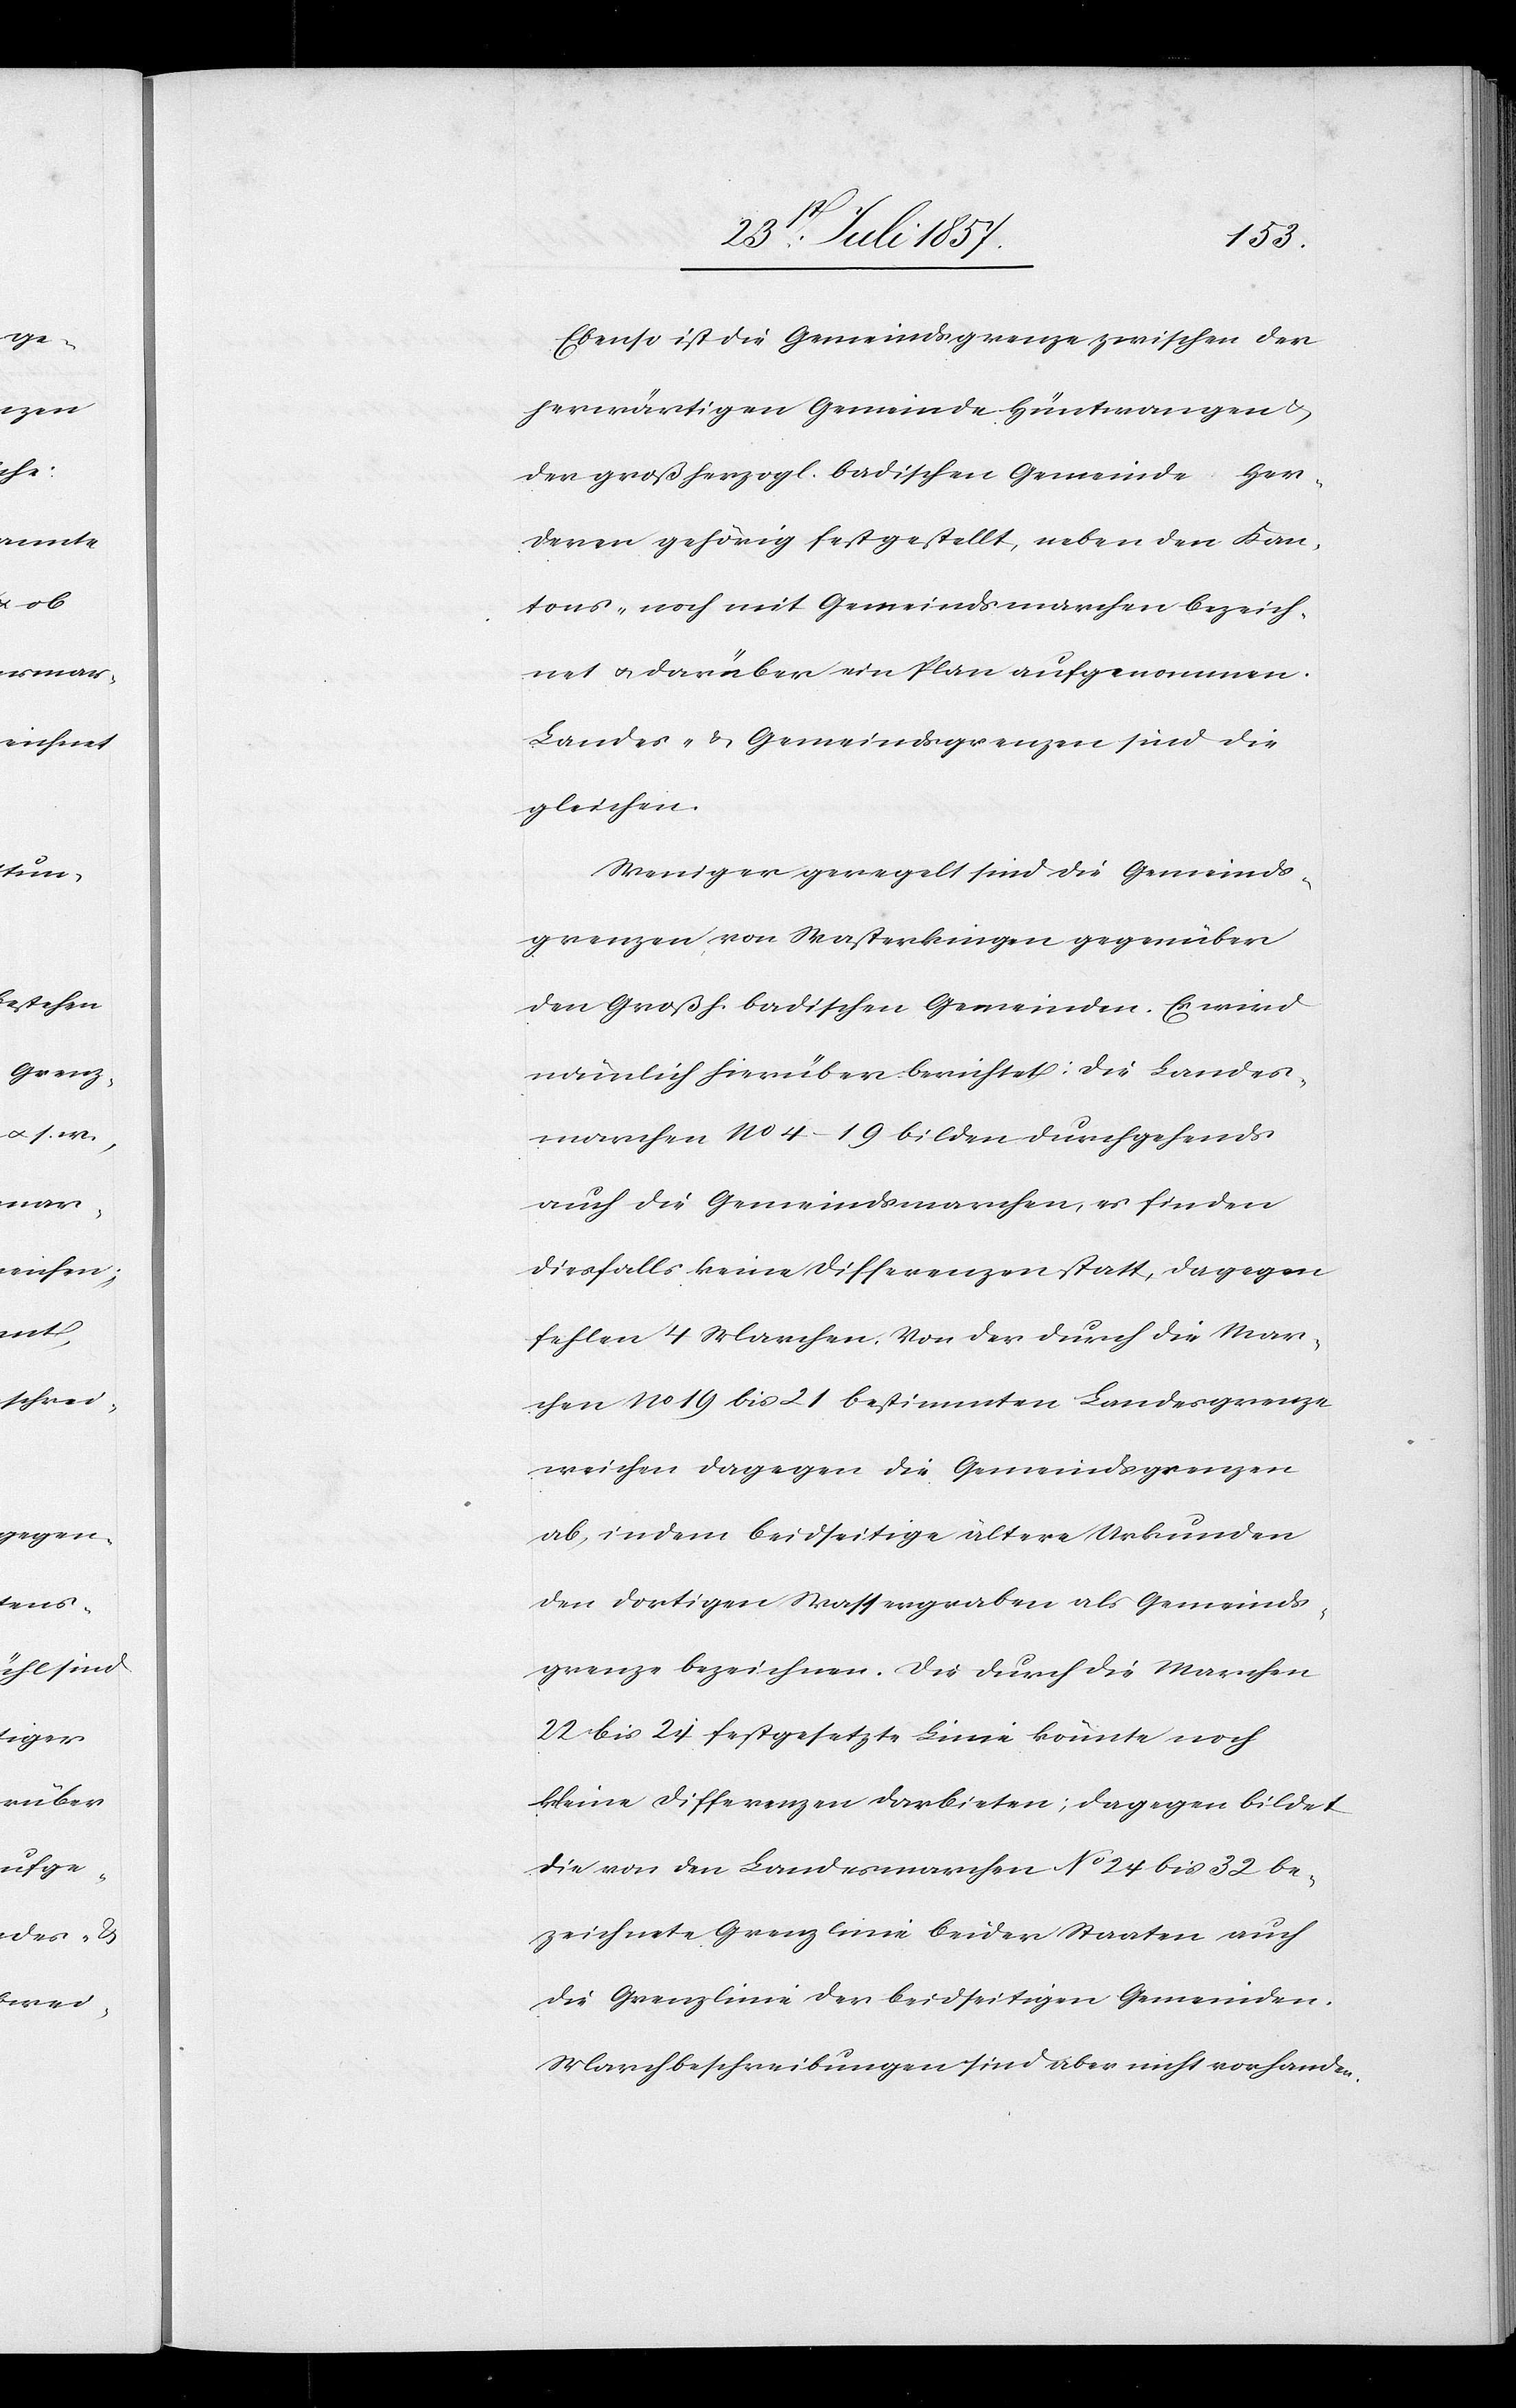
Ebenso ist die Gemeindsgrenze zwischen der
herwärtigen Gemeinde Hüntwangen &
der großherzogl. badischen Gemeinde Her¬
dener gehörig festgestellt, neben den Kan¬
tons- noch mit Gemeindsmarchen bezeich¬
net & darüber ein Plan aufgenommen.
Landes- & Gemeindsgrenzen sind die
gleichen.
Weniger geregelt sind die Gemeinds¬
grenzen, von Wasterkingen gegenüber
den Großh. badischen Gemeinden. Es wird
nämlich hierüber berichtet: Die Landes¬
marchen 1104–19 bilden durchgehends
auch die Gemeindsmarchen, es finden
diesfalls keine Differenzen statt, dagegen
fehlen 4 Marchen. Von der durch die Mar¬
chen No 19 bis 21 bestimmten Landesgrenze
weichen dagegen die Gemeindsgrenzen
ab, indem beidseitige ältere Urkunden
den dortigen Wassergraben als Gemeinds¬
grenze bezeichnen. Die durch die Marchen
22 bis 24 festgesetzte Linie könnte noch
kleine Differenzen darbieten; dagegen bildet
die von den Landesmarchen No 24 bis 32 be¬
zeichnete Grenzlinie beiden Staaten auch
die Grenzlinie der beidseitigen Gemeinden.
Marchenbeschreibungen sind aber nicht vorhanden.